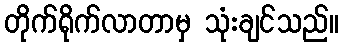
တိုက်ရိုက်လာတာမှ သုံးချင်သည်။